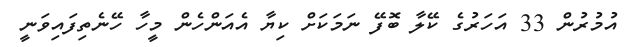
އުމުރުން 33 އަހަރުގެ ކޭލާ ބޮފޭ ނަމަކަށް ކިޔާ އެއަންހެން މީހާ ހޭނެތިފައިވަނީ